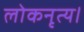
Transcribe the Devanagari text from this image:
लोकनृत्य।